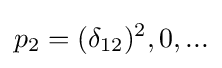
p_{2}={(\delta _{12})^{2},0,...}